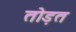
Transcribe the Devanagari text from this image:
तोड़त